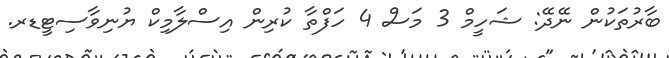
ބާރުތަކުން ނޭދޭ: ޝަހީމް 3 މަސް 4 ހަފްތާ ކުރިން އިސްލާމިކް ޔުނިވާސިޓީޑރ.